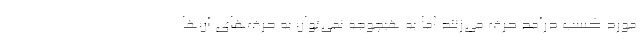
مورد کسب درآمد حرف می‌زنند اما به هیچوجه نمی‌توان به حرف‌های آن‌ها